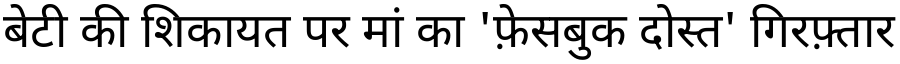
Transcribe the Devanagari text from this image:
बेटी की शिकायत पर मां का 'फ़ेसबुक दोस्त' गिरफ़्तार